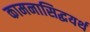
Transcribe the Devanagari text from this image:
कामनासिद्धयर्थ